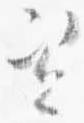
資